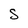
Character: S